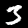
Digit: 3